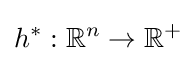
h^{*}:\mathbb {R} ^{n}\to \mathbb {R} ^{+}